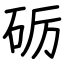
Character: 砺